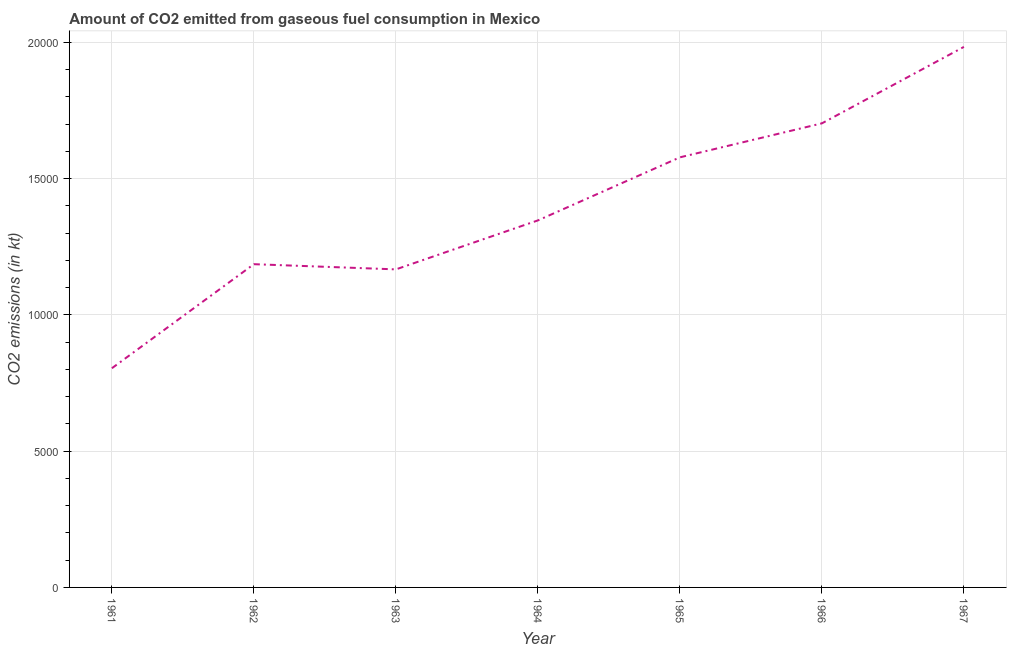
| Year | CO2 emissions from gaseous fuel consumption |
 | --- | --- |
 | 1961 | 8.04e+03 |
 | 1962 | 1.19e+04 |
 | 1963 | 1.17e+04 |
 | 1964 | 1.35e+04 |
 | 1965 | 1.58e+04 |
 | 1966 | 1.7e+04 |
 | 1967 | 1.98e+04 |